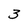
Character: 3